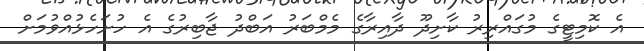
އެ ކޮމިޓީގެ މުގައްރިރު ކާށިދޫ ދާއިރާގެ މެމްބަރު އަބްދު ޖާބިރުގެ އެ ހުށަހެޅުއްވުމަށް